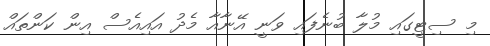
މި ސިޓީގައި މުލާ ބުނެފައި ވަނީ އޭނާއާ މެދު އައިއެސް އިން ކަންތައް